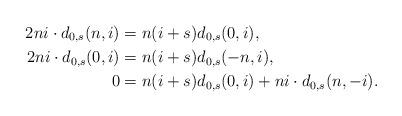
LaTeX: \begin{align*}2ni\cdot d_{0,s}(n,i)&=n(i+s)d_{0,s}(0,i),\\2ni\cdot d_{0,s}(0,i)&=n(i+s)d_{0,s}(-n,i),\\0&=n(i+s)d_{0,s}(0,i)+ni\cdot d_{0,s}(n,-i).\end{align*}